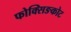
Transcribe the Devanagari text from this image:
फोक्सिङकोट